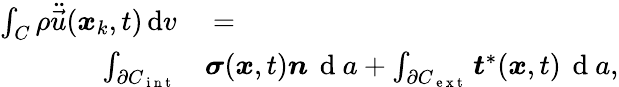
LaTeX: \begin{array}{rl}{\int_{C}\rho\ddot{\vec{u}}(\boldsymbol{x}_{k},t)\, \mathrm{d}v}&{{}=}\\ {\int_{\partial{C}_{\mathrm{~i~n~t~}}}}&{{}\boldsymbol{\sigma}(\boldsymbol{x},t)\boldsymbol{n}\, \mathrm{~d~}a+\int_{\partial{C}_{\mathrm{~e~x~t~}}}\boldsymbol{t}^{*}(\boldsymbol{x},t)\, \mathrm{~d~}a,}\end{array}